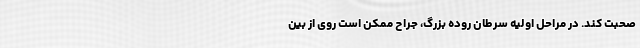
صحبت کند. در مراحل اولیه سرطان روده بزرگ، جراح ممکن است روی از بین